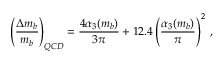
\left( \frac { \Delta m _ { b } } { m _ { b } } \right) _ { Q C D } = \frac { 4 \alpha _ { 3 } ( m _ { b } ) } { 3 \pi } + 1 2 . 4 \left( \frac { \alpha _ { 3 } ( m _ { b } ) } { \pi } \right) ^ { 2 } \, ,